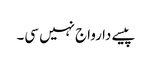
پیسے دا رواج نہیں سی۔